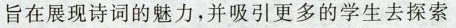
旨在展现诗词的魅力，并吸引更多的学生去探索